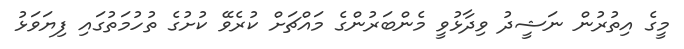
މީގެ އިތުރުން ނަޝީދު ވިދާޅުވީ މެންބަރުންގެ މައްޗަށް ކުރެވޭ ކުށުގެ ތުހުމަތުގައި ފިޔަވަޅު